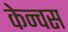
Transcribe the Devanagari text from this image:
केन्वस